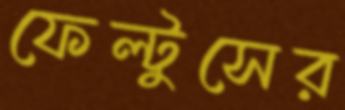
ফেল্টুসের